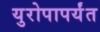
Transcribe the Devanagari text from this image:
युरोपापर्यंत